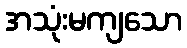
အသုံးမကျသော